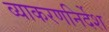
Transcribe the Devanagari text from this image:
व्याकरणनिर्देश